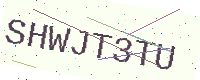
Text: SHWJT3TU